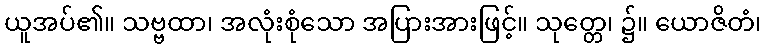
ယူအပ်၏။ သဗ္ဗထာ၊ အလုံးစုံသော အပြားအားဖြင့်။ သုတ္တေ၊ ၌။ ယောဇိတံ၊